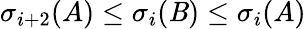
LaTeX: \sigma_{i+2}(A)\leq\sigma_{i}(\mathit{B})\leq\sigma_{i}(A)